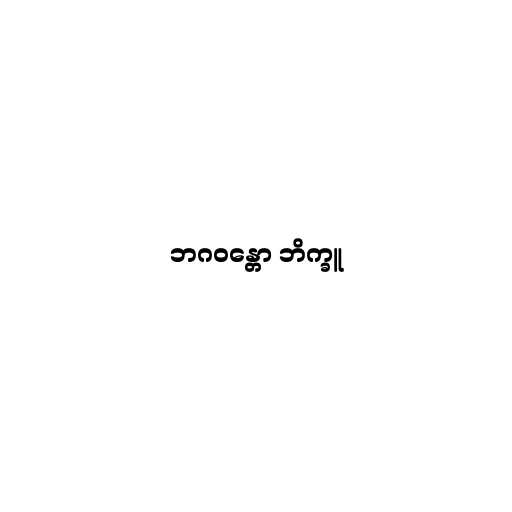
ဘဂဝန္တော ဘိက္ခူ